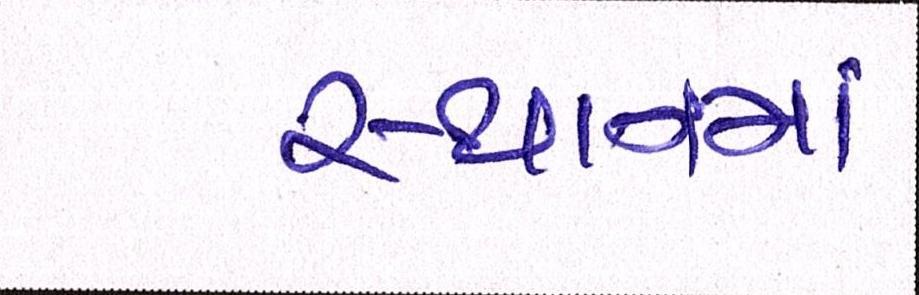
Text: સ્થાનમાં